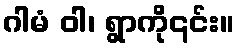
ဂါမံ ဝါ၊ ရွာကို၎င်း။